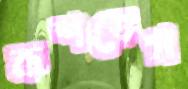
কশতেগ